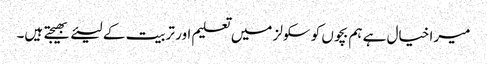
میرا خیال ہے ہم بچوں کو سکولز میں تعلیم اور تربیت کے لیئے بھیجتے ہیں۔